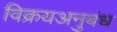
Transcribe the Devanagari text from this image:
विक्रयअनुबंध